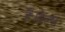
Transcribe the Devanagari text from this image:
हैं।वेल्स